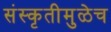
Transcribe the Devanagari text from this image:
संस्कृतीमुळेच